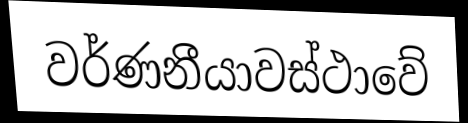
වර්ණනීයාවස්ථාවේ